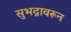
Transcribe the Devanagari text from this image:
सुभद्रावरून